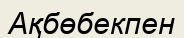
Ақбөбекпен